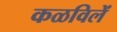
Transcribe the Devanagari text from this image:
कळविलें